Report of the Imperial Institute of Veterinary Research, Muktesar
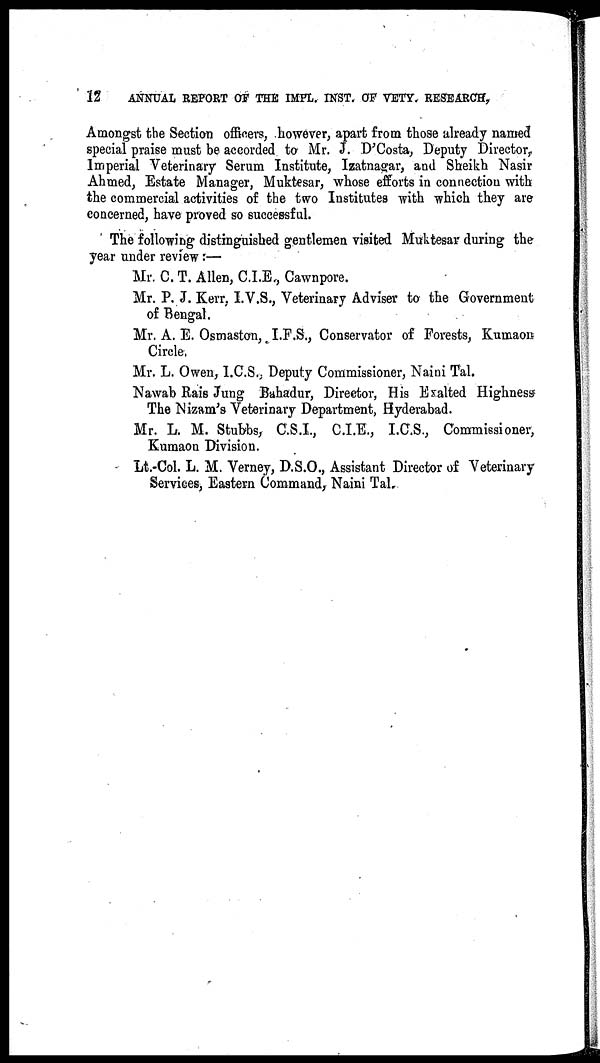
12
ANNUAL REPORT OF THE IMPL. INST. OF VETY. RESEARCH,
Amongst the Section officers, however, apart from those already named
special praise must be accorded to Mr. J. D'Costa, Deputy Director,
Imperial Veterinary Serum Institute, Izatnagar, and Sheikh Nasir
Ahmed, Estate Manager, Muktesar, whose efforts in connection with
the commercial activities of the two Institutes with which they are
concerned, have proved so successful.
The following distinguished gentlemen visited Muktesar during the
year under review:—
Mr. C. T. Allen, C.I.E., Cawnpore.
Mr. P. J. Kerr, I.V.S., Veterinary Adviser to the Government
of Bengal.
Mr. A. E. Osmaston, I.F.S., Conservator of Forests, Kumaon
Circle.
Mr. L. Owen, I.C.S., Deputy Commissioner, Naini Tal.
Nawab Rais Jung Bahadur, Director, His Exalted Highness
The Nizam's Veterinary Department, Hyderabad.
Mr. L. M. Stubbs, C.S.I., C.I.E., I.C.S., Commissioner,
Kumaon Division.
Lt.-Col. L. M. Verney, D.S.O., Assistant Director of Veterinary
Services, Eastern Command, Naini Tal.